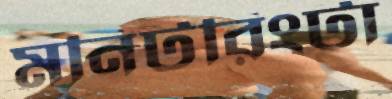
মনিটরিংটা